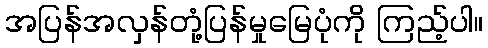
အပြန်အလှန်တုံ့ပြန်မှုမြေပုံကို ကြည့်ပါ။